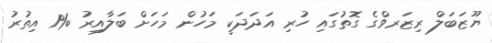
ޔޫޒަބަލް ރިޒަރވްގެ ގޮތުގައި ހުރި އަދަދަކީ މަހުން މަހަށް ބަލާއިރު %1 އިތުރު